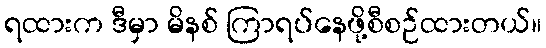
ရထားက ဒီမှာ မိနစ် ကြာရပ်နေဖို့စီစဉ်ထားတယ်။